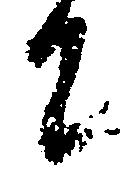
に